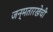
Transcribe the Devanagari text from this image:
जन्मतारखेची